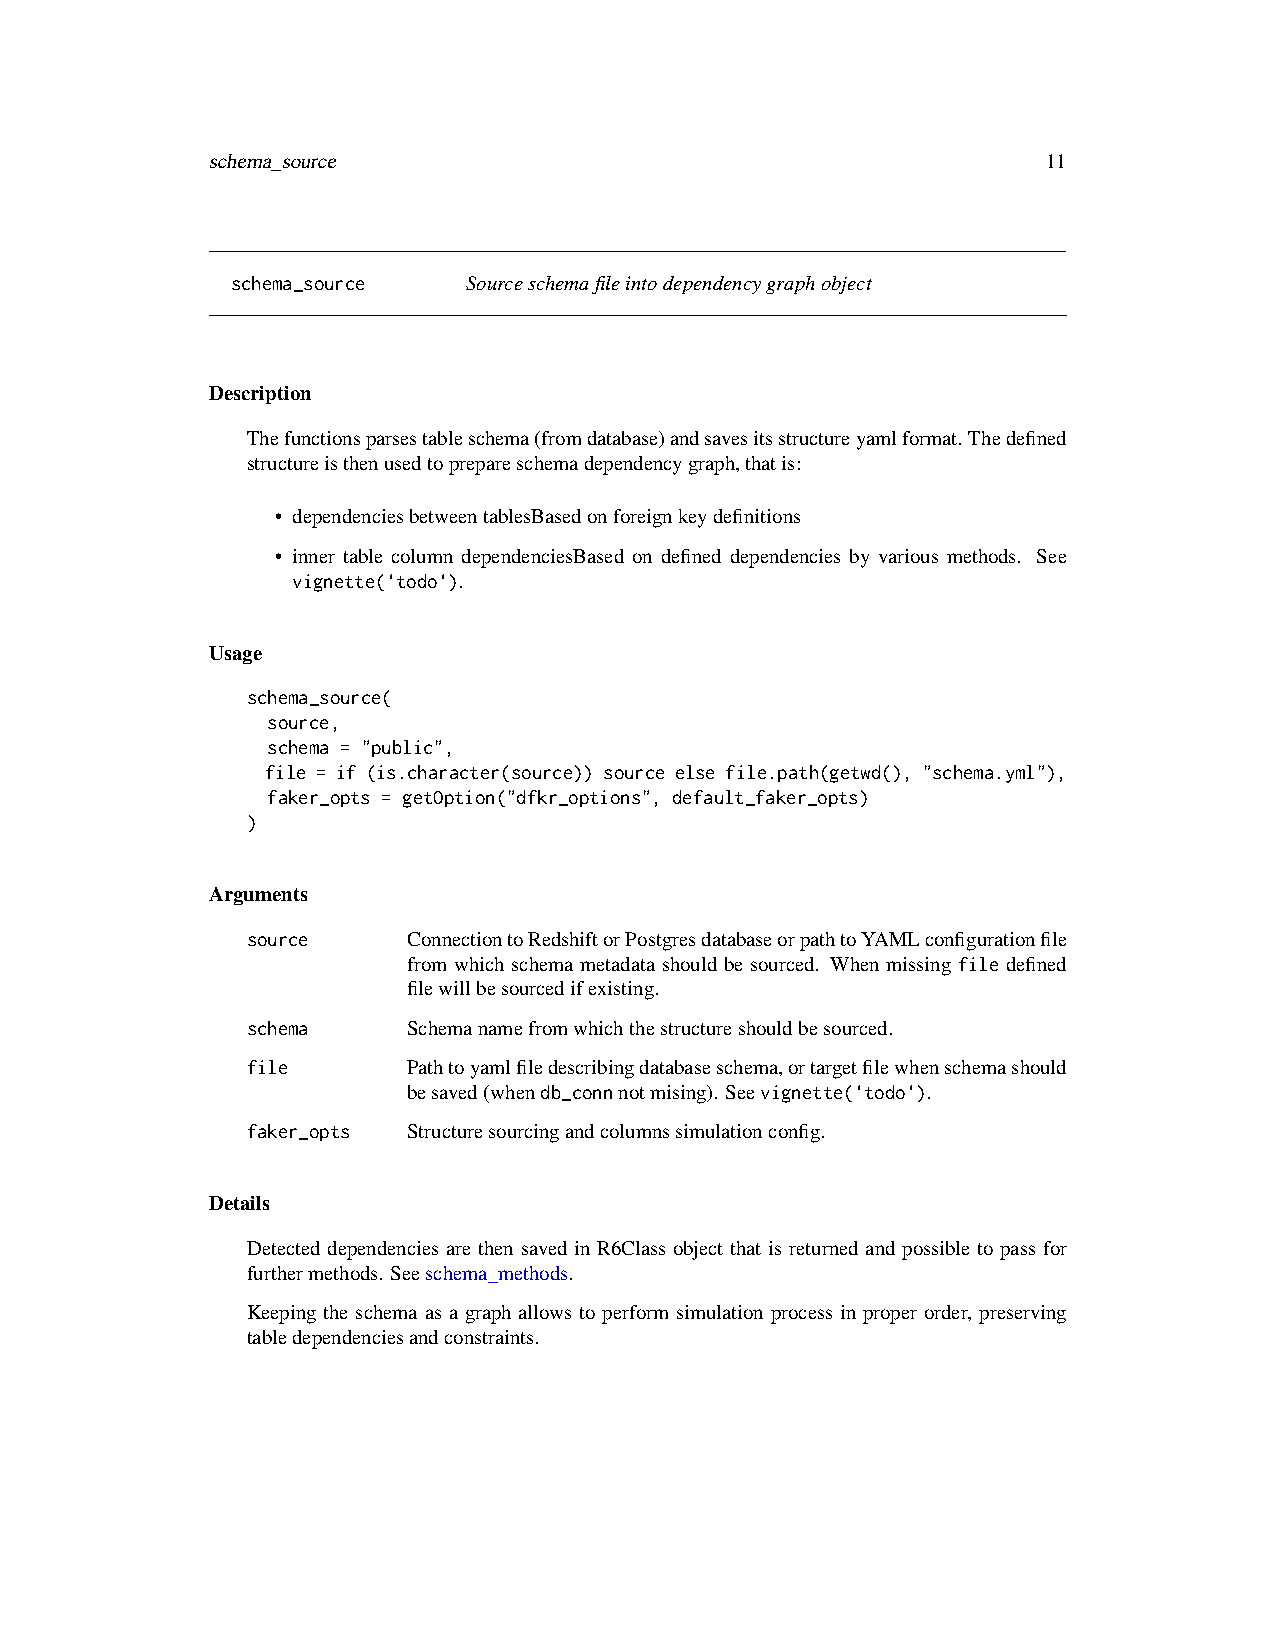
schema_source                                          11
 schema_source   Sourceschemafileintodependencygraphobject
 Description
 Thefunctionsparsestableschema(fromdatabase)andsavesitsstructureyamlformat. Thedefined
 structureisthenusedtoprepareschemadependencygraph,thatis:
 • dependenciesbetweentablesBasedonforeignkeydefinitions
 • inner table column dependenciesBased on defined dependencies by various methods. See
 vignette('todo').
 Usage
 schema_source(
 source,
 schema = "public",
 file = if (is.character(source)) source else file.path(getwd(), "schema.yml"),
 faker_opts = getOption("dfkr_options", default_faker_opts)
 )
 Arguments
 source     ConnectiontoRedshiftorPostgresdatabaseorpathtoYAMLconfigurationfile
 from which schema metadata should be sourced. When missing file defined
 filewillbesourcedifexisting.
 schema     Schemanamefromwhichthestructureshouldbesourced.
 file       Pathtoyamlfiledescribingdatabaseschema,ortargetfilewhenschemashould
 besaved(whendb_connnotmising). Seevignette('todo').
 faker_opts Structuresourcingandcolumnssimulationconfig.
 Details
 Detected dependencies are then saved in R6Class object that is returned and possible to pass for
 furthermethods. Seeschema_methods.
 Keeping the schema as a graph allows to perform simulation process in proper order, preserving
 tabledependenciesandconstraints.